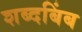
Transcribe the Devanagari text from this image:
शब्दबिंब